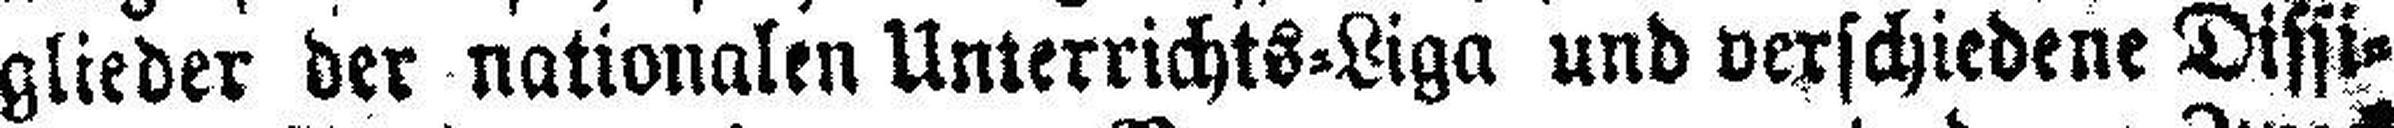
glieder der nationalen Unterrichts=Liga und verschiedene Dissi¬